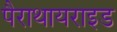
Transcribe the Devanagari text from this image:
पैराथायराइड